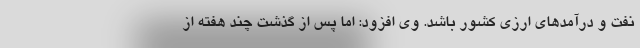
نفت و درآمدهای ارزی کشور باشد. وی افزود: اما پس از گذشت چند هفته از